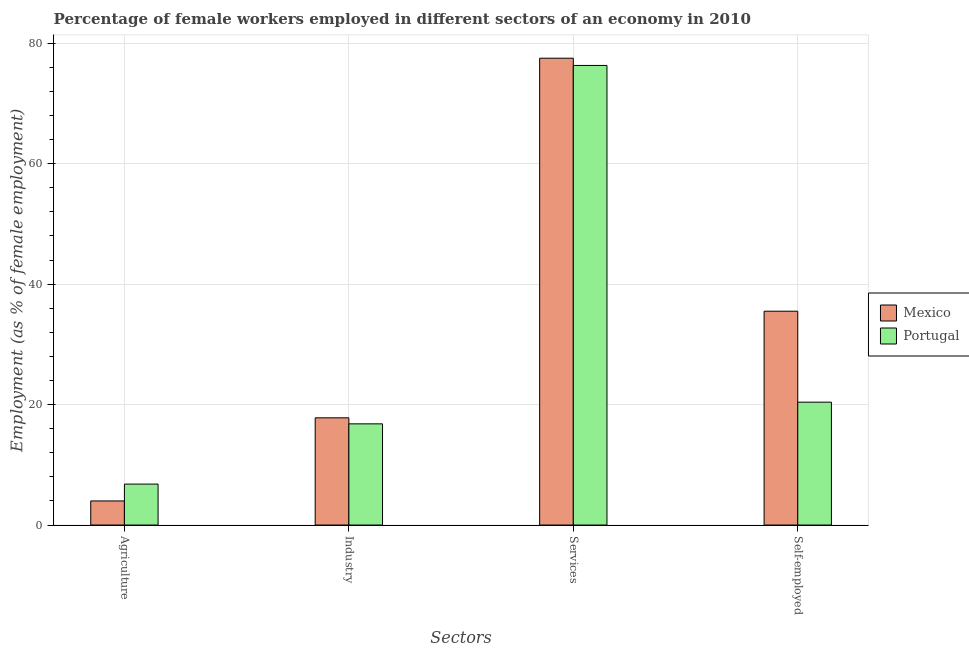
| Sectors | Mexico | Portugal |
 | --- | --- | --- |
 | Agriculture | 4 | 6.8 |
 | Industry | 17.8 | 16.8 |
 | Services | 77.5 | 76.3 |
 | Self-employed | 35.5 | 20.4 |